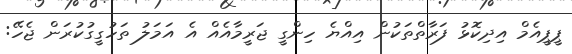
ޕީޕީއެމް އިދިކޮޅު ފަރާތްތަކުން އިއްޔެ ހިންގީ ޖަރީމާއެއް އެ އަމަލު ތަހުގީގުކުރަން ޖެހޭ: